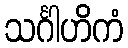
သင်္ဂါဟိကံ